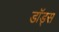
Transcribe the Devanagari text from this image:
डॉड्स